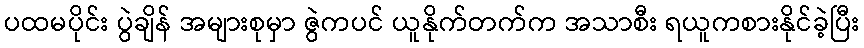
ပထမပိုင်း ပွဲချိန် အများစုမှာ ဇွဲကပင် ယူနိုက်တက်က အသာစီး ရယူကစားနိုင်ခဲ့ပြီး